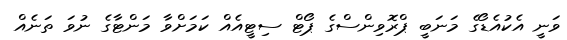
ވަނީ އެކުއެޑޯގެ މަނަބީ ޕްރޮވިންސްގެ ޕޯޓް ސިޓީއެއް ކަމަށްވާ މަންޓާގެ ނުވަ ތަނެއް